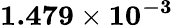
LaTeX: \mathbf{1.479\times 10^{-3}}